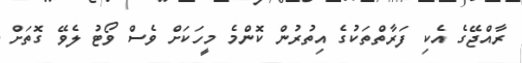
ރާއްޖޭގެ އެކި ފަރާތްތަކުގެ އިތުރުން ކޮންމެ މީހަކަށް ވެސް ވޯޓު ލެވޭ ގޮތަށް